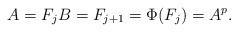
LaTeX: \begin{align*} A = F_j B = F_{j+1} = \Phi(F_j) = A^p. \end{align*}